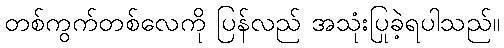
တစ်ကွက်တစ်လေကို ပြန်လည် အသုံးပြုခဲ့ရပါသည်။